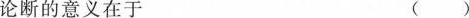
论断的意义在于 ()